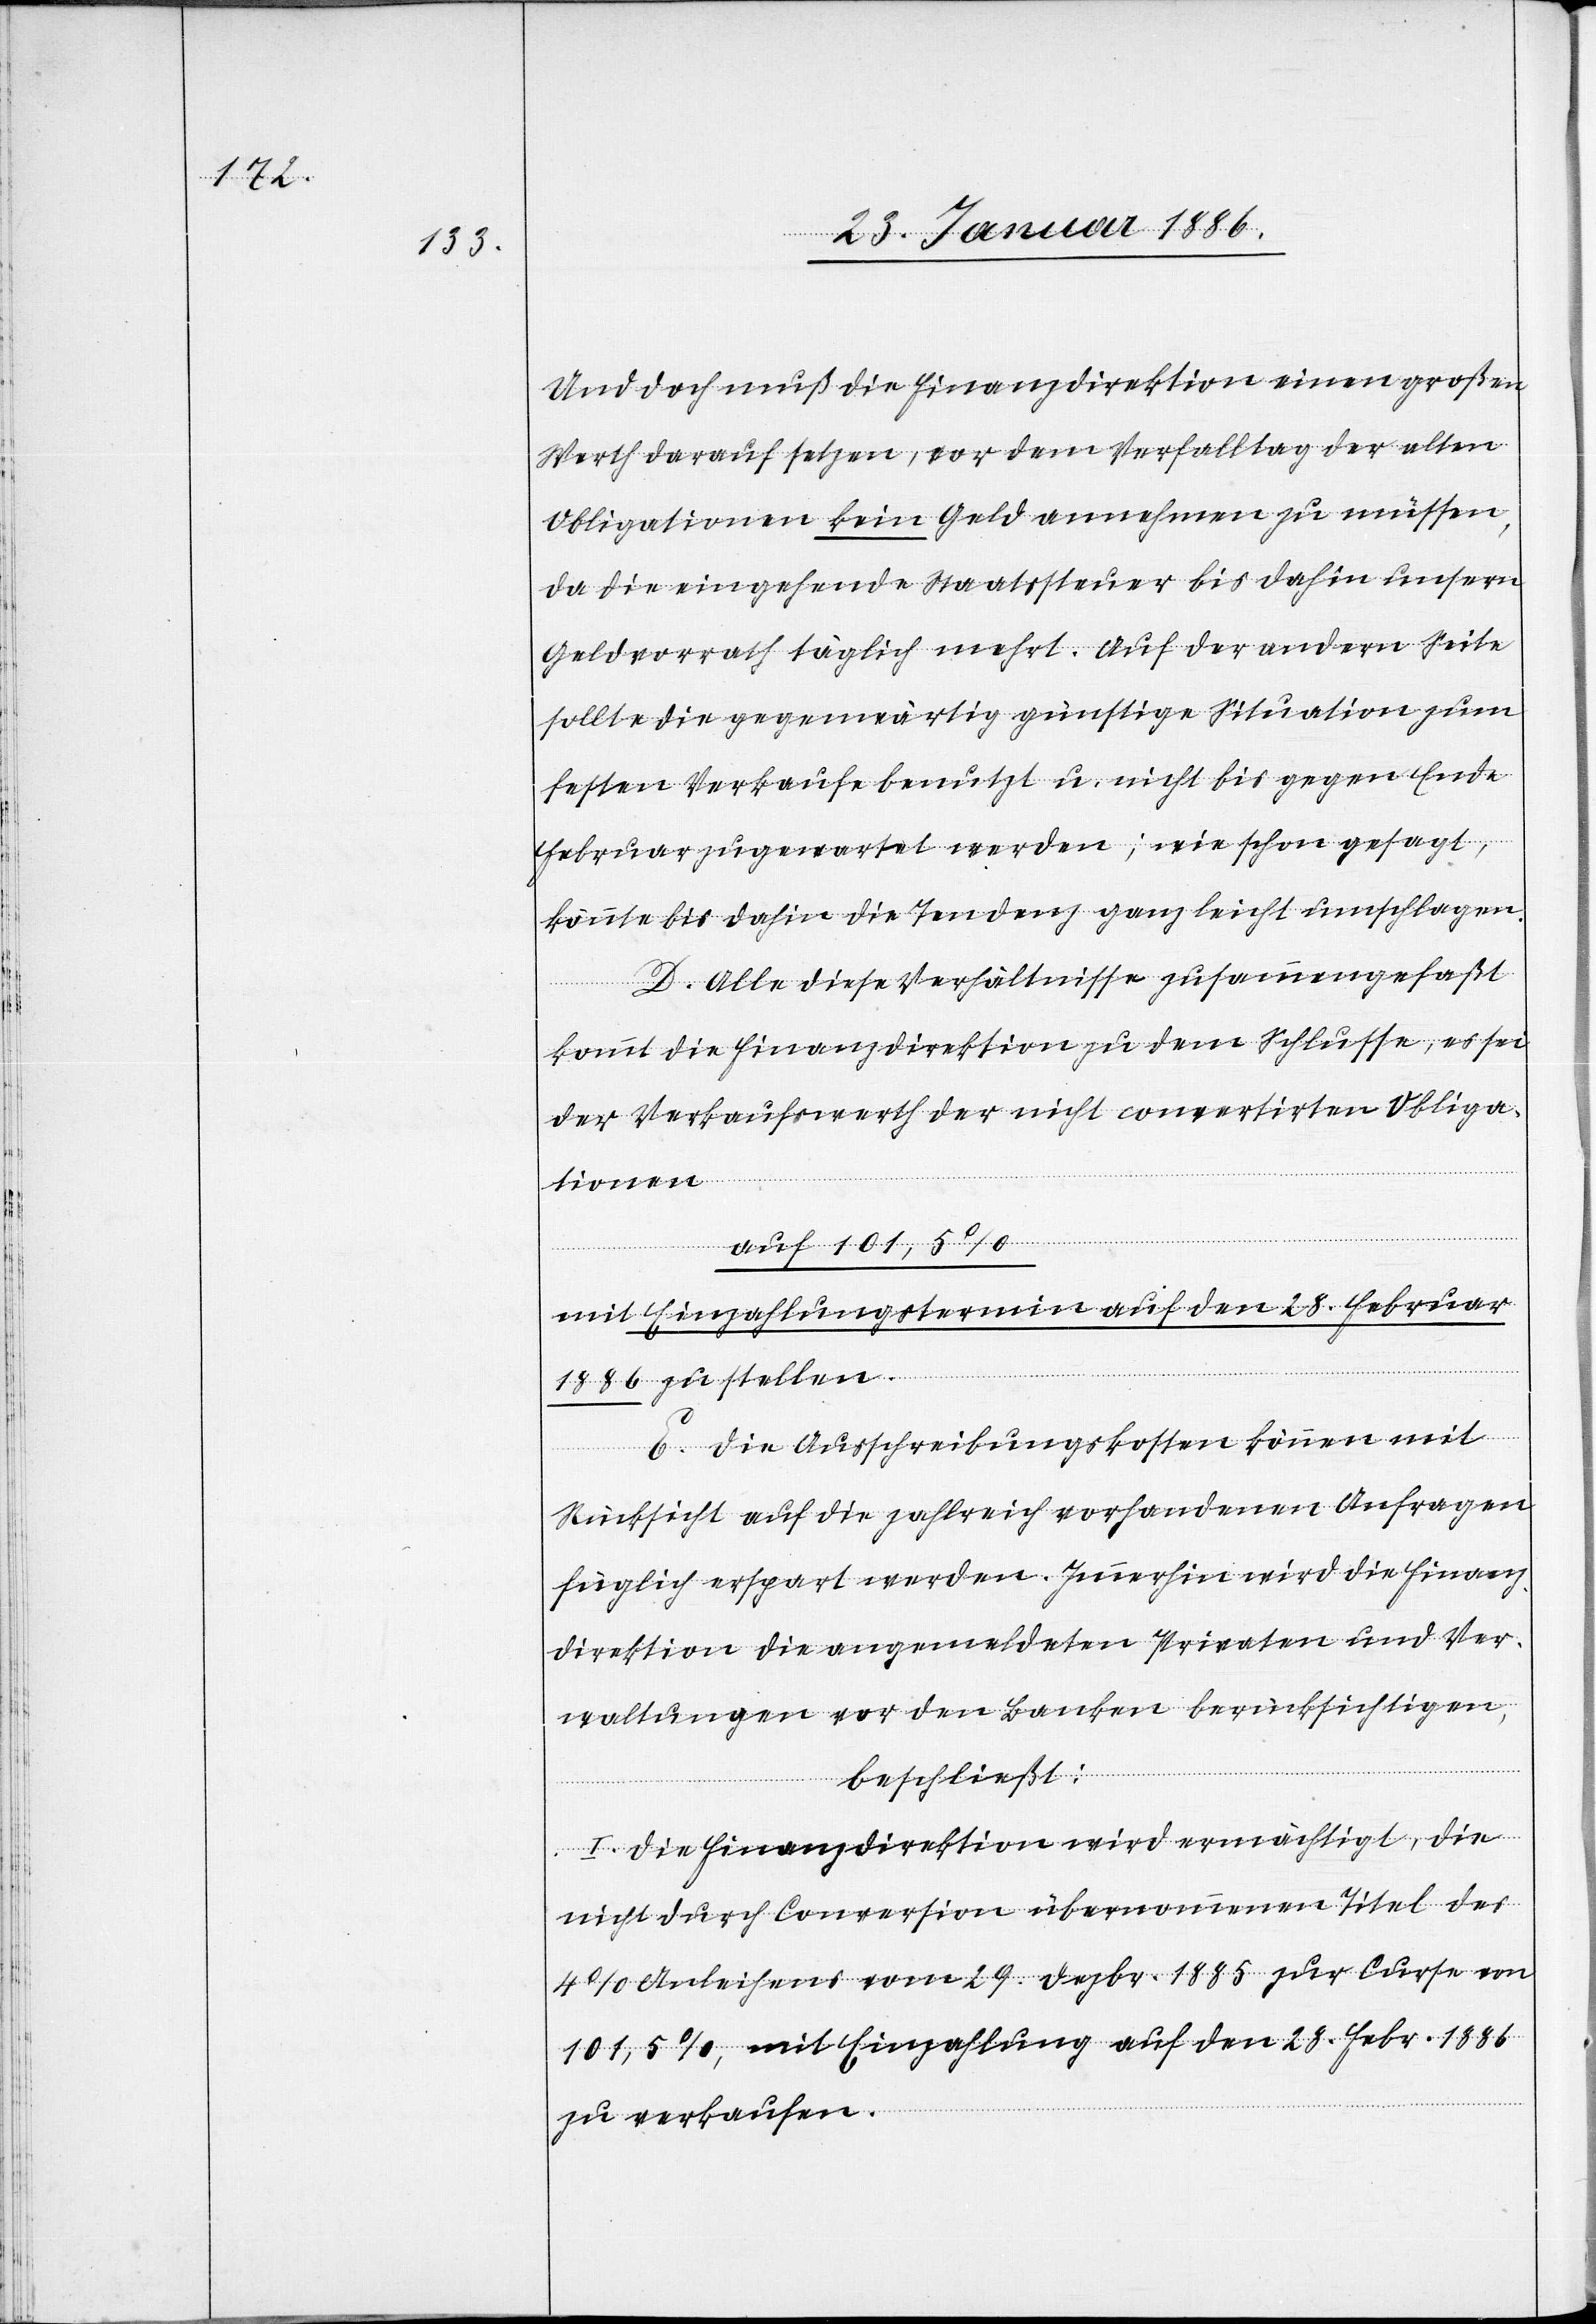
Und doch muß die Finanzdirektion einen großen
Werth darauf setzen, vor dem Verfalltag der alten
Obligationen kein Geld annehmen zu müssen,
da die eingehende Staatssteuer bis dahin unsern
Geldvorrath täglich mehrt. Auf der andern Seite
sollte die gegenwärtig günstige Situation zum
festen Verkaufe benutzt u. nicht bis gegen Ende
Februar zugewartet werden; wie schon gesagt
könnte bis dahin die Tendenz ganz leicht umschlagen.
D. Alle diese Verhältnisse zusammengefaßt
kommt die Finanzdirektion zu dem Schlusse, es sei
der Verkaufswerth der nicht convertirten Obliga¬
tionen
auf 101,5%
mit Einzahlungstermin auf den 28. Februar
1886 zu stellen.
E. Die Ausschreibungskosten können mit
Rücksicht auf die zahlreich vorhandenen Anfragen
füglich erspart werden. Immerhin wird die Finan¬
zdirektion die angemeldeten Privaten und Ver¬
waltungen vor den Banken berücksichtigen,
beschließt:
I. Die Finanzdirektion wird ermächtig, die
nicht durch Conversion übernommenen Titel des
4% Anleihens vom 29. Dezbr. 1885 zum Curse um
101,5%, mit Einzahlung auf den 28. Febr. 1886
zu verkaufen.